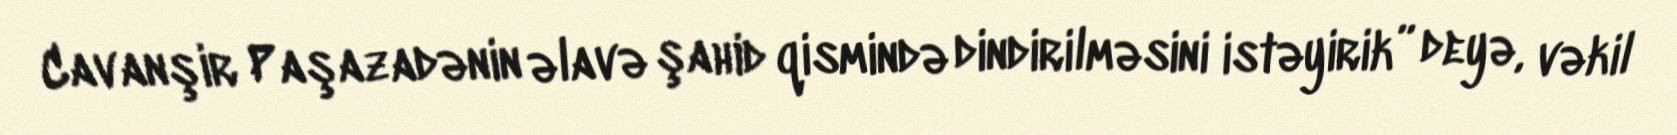
Cavanşir Paşazadənin əlavə şahid qismində dindirilməsini istəyirik” deyə, vəkil